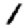
Digit: 1